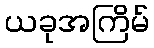
ယခုအကြိမ်